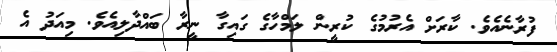
ފުރާނެއެވެ. ކާރަށް އެރުމުގެ ކުރީން ލަމްހާގެ ގައިގާ ނީރާ ބައްދާލިއެވެ. މިއަދު އެ